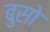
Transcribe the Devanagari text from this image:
बुसो